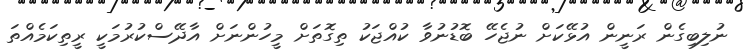
ނުލިބިގެން ރަނީން އުޅޭކަށް ނުޖެހޭ ބޮޑުނުވާ ކުއްޖަކު ތިގޮތަށް މީހުންނަށް އާދޭސްކުރުމަކީ ރީތިކަމެއްތަ